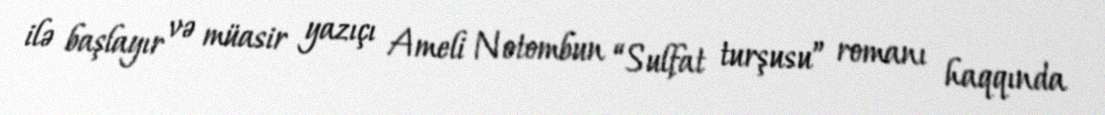
ilə başlayır və müasir yazıçı Ameli Notombun “Sulfat turşusu” romanı haqqında